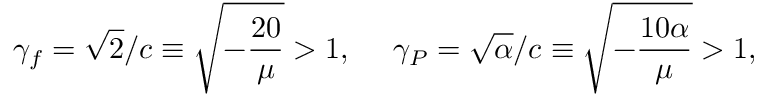
\gamma _ { f } = \sqrt { 2 } / c \equiv \sqrt { - \frac { 2 0 } { \mu } } > 1 , ~ ~ ~ ~ \gamma _ { P } = \sqrt { \alpha } / c \equiv \sqrt { - \frac { 1 0 \alpha } { \mu } } > 1 ,